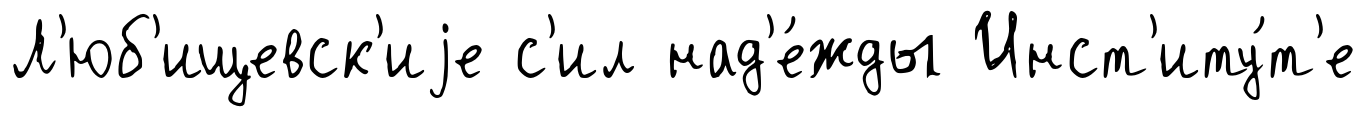
Л'юб'ищевск'иjе с'ил над'е́жды Инст'иту́т'е